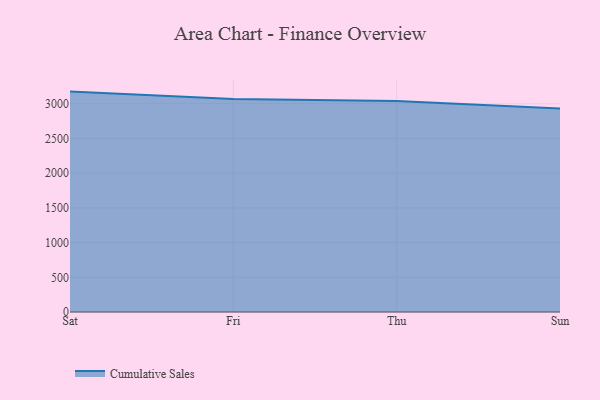
{"axis": {"x": "Day", "y": "Active Users"}, "legend": ["Cumulative Sales"], "data": [{"x": "Sat", "y": 3175.7, "type": "Cumulative Sales"}, {"x": "Fri", "y": 3070.2, "type": "Cumulative Sales"}, {"x": "Thu", "y": 3039.4, "type": "Cumulative Sales"}, {"x": "Sun", "y": 2932.2, "type": "Cumulative Sales"}]}